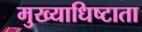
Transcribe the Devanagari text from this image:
मुख्याधिष्टाता